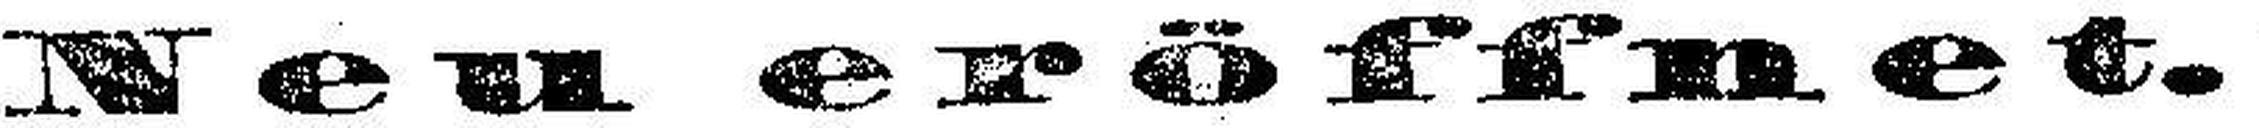
Neueröffnet.